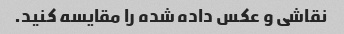
نقاشی و عکس داده شده را مقایسه کنید.